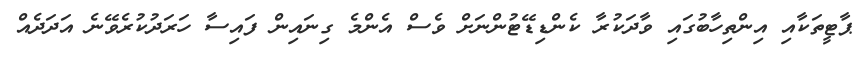
ޕާޓީތަކާއި އިންތިހާބުގައި ވާދަކުރާ ކެންޑިޑޭޓުންނަށް ވެސް އެންމެ ގިނައިން ފައިސާ ހަރަދުކުރެވޭނެ އަދަދެއް